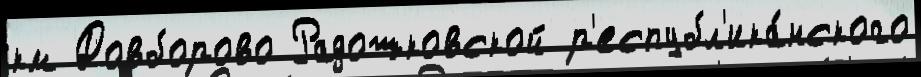
км Довборово Радошковской р'еспубл'ика́нского